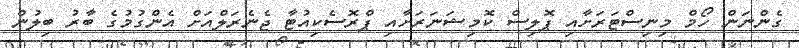
ގެންނަން ހޯމް މިނިސްޓަރަށާއި ޕޮލިސް ކޮމިޝަނަރަށާއި ޕްރޮސެކިއުޓާ ޖެނެރަލްއަށް އެންގުމުގެ ބާރު ބިލުން